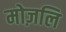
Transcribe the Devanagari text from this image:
मोज़लि